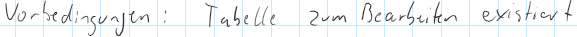
Vorbedingungen: Tabelle zum Bearbeiten existiert